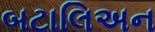
બટાલિઅન